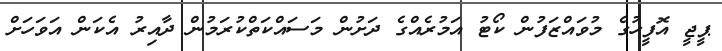
ޕީޖީ އޮފީހުގެ މުވައްޒަފުން ކޯޓު އަމުރެއްގެ ދަށުން މަސައްކަތްކުރަމުން ދާއިރު އެކަން އަވަހަށް